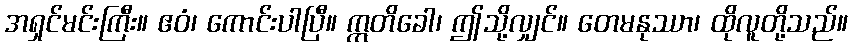
အရှင်မင်းကြီး။ ဧဝံ၊ ကောင်းပါပြီ။ ဣတိခေါ၊ ဤသို့လျှင်။ တေမနုဿာ၊ ထိုလူတို့သည်။